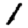
Digit: 1